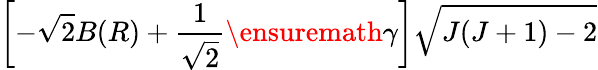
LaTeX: \left[-\sqrt{2}B(R)+\frac{1}{\sqrt{2}}\ensuremath{\gamma}\right]\sqrt{J(J+1)-2}